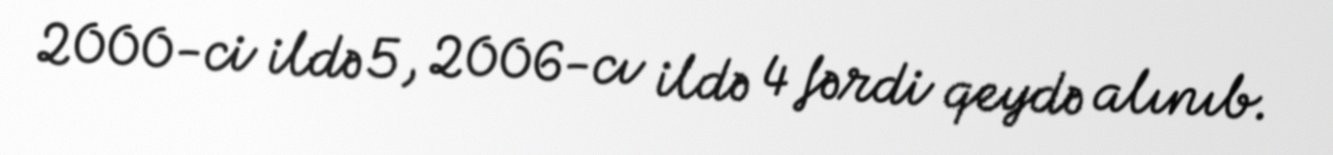
2000-ci ildə 5, 2006-cı ildə 4 fərdi qeydə alınıb.